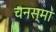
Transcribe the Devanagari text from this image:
चनस्मा